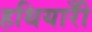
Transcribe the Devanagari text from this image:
हथियारोँ